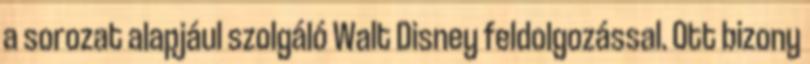
a sorozat alapjául szolgáló Walt Disney feldolgozással. Ott bizony